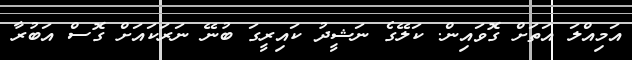
އަމިއްލަ އަތަށް ގޮވައިން. ކަލޭގެ ނަޝީދު ކައިރީގަ ބުނޭ ނަރަކައަށް ގޮސް އަބުރާ